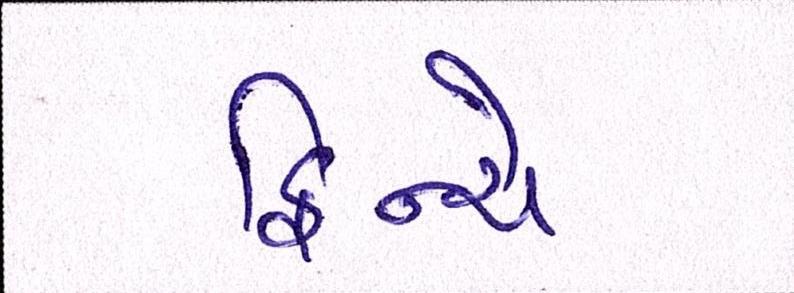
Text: ફિન્ચે